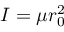
I = \mu r _ { 0 } ^ { 2 }